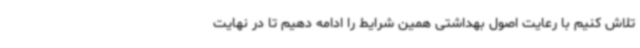
تلاش کنیم با رعایت اصول بهداشتی همین شرایط را ادامه دهیم تا در نهایت